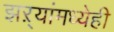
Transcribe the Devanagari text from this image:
झऱ्यांमध्येही